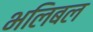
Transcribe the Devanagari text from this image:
भलिबल